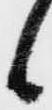
候